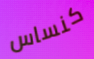
كنساس